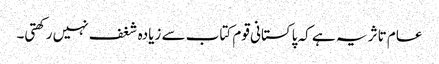
عام تاثر یہ ہے کہ پاکستانی قوم کتاب سے زیادہ شغف نہیں رکھتی۔